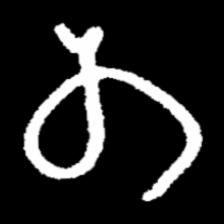
Pyu character \u2014 Myanmar letter: တ (romanized: ta)